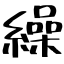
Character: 繰